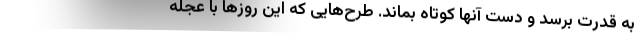
به قدرت برسد و دست آنها کوتاه بماند. طرح‌هایی که این روزها با عجله‌